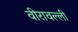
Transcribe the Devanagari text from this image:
वीरावल्ली